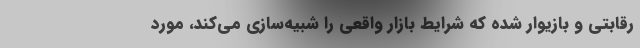
رقابتی و بازیوار شده که شرایط بازار واقعی را شبیه‌سازی می‌کند، مورد